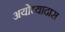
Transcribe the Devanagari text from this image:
अयोध्यादास